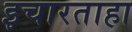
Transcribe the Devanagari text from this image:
इचारताहा